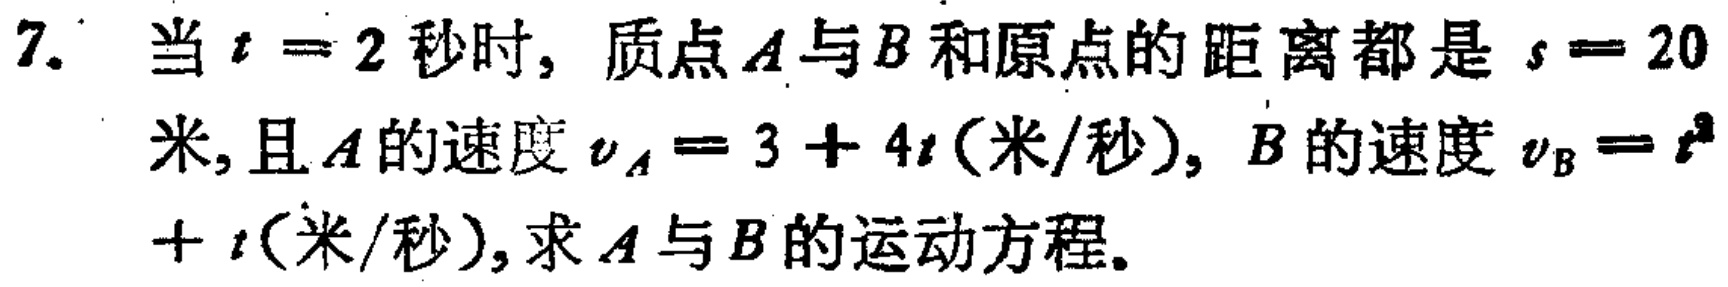
7. 当\(t = 2\)秒时，质点\(A\)与\(B\)和原点的距离都是\(s = 20\)米，且\(A\)的速度\(v_{A}=3 + 4t\)(米/秒)，\(B\)的速度\(v_{B}=t^{2}+t\)(米/秒)，求\(A\)与\(B\)的运动方程。